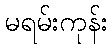
မရမ်းကုန်း